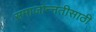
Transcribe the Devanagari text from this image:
समाजोन्नतीसाठी